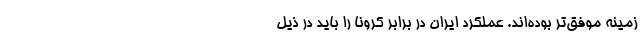
زمینه موفق‌تر بوده‌اند. عملکرد ایران در برابر کرونا را باید در ذیل